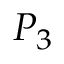
P _ { 3 }